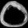
Digit: ၀